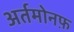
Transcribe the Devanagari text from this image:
अर्तमोनफ़